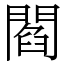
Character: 閻